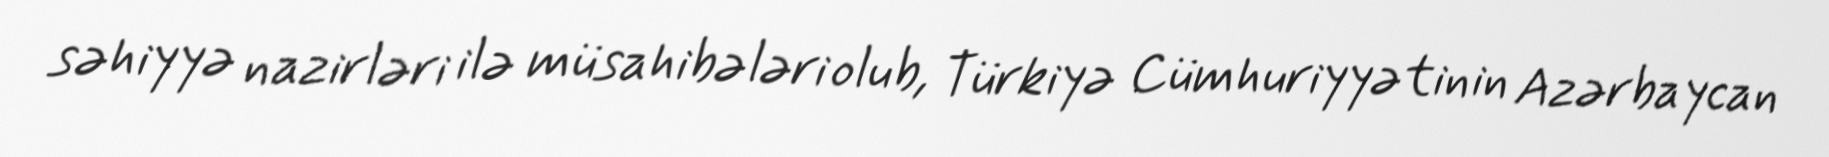
səhiyyə nazirləri ilə müsahibələri olub, Türkiyə Cümhuriyyətinin Azərbaycan